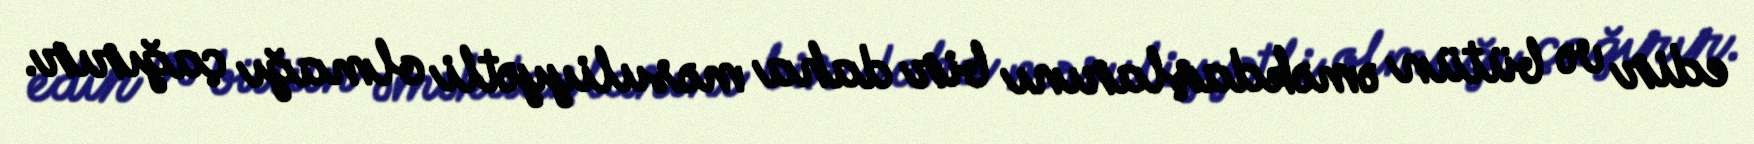
edir və bütün əməkdaşlarını bir daha məsuliyyətli olmağı çağırır.